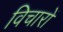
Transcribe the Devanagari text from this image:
विचाराें